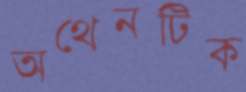
অথেনটিক